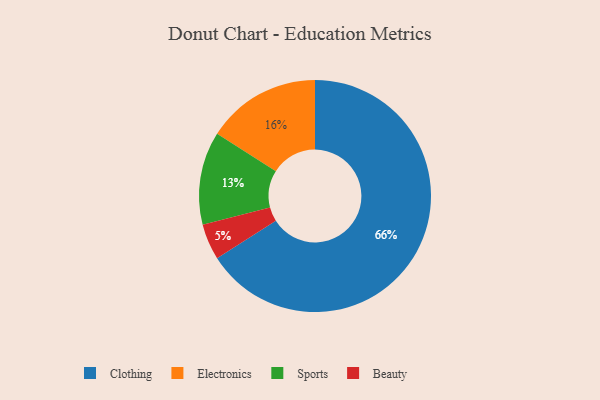
{"axis": {"x": "Category", "y": "Percentage"}, "legend": ["Beauty", "Clothing", "Electronics", "Sports"], "data": [{"x": "Beauty", "y": 5, "type": "Beauty"}, {"x": "Sports", "y": 13, "type": "Sports"}, {"x": "Clothing", "y": 66, "type": "Clothing"}, {"x": "Electronics", "y": 16, "type": "Electronics"}]}